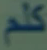
2